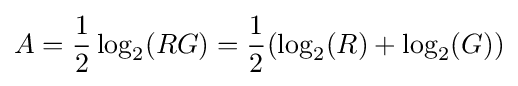
A={\frac {1}{2}}\log _{2}(RG)={\frac {1}{2}}(\log _{2}(R)+\log _{2}(G))